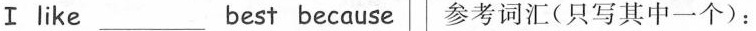
I like ___ best because 参考词汇(只写其中一个):